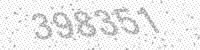
Solution: 398351